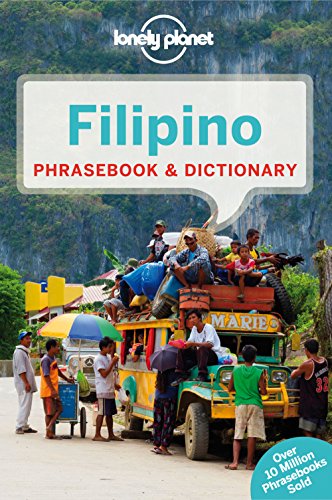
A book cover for Lonely Planet Filipino (Tagalog) Phrasebook & Dictionary (Lonely Planet Phrasebooks); Lonely Planet; Travel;